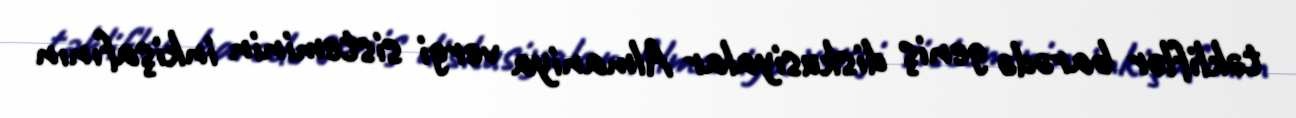
təkliflər barədə geniş diskusiyalar Almaniya vergi sisteminin inkişafının